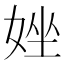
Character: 㛗